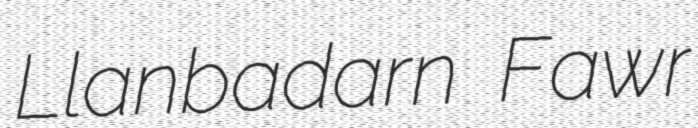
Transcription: Llanbadarn Fawr